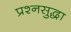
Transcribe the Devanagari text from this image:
प्रश्नसुद्धा